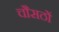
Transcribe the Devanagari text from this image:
चौसठों